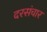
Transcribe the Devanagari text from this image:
दरसंचार